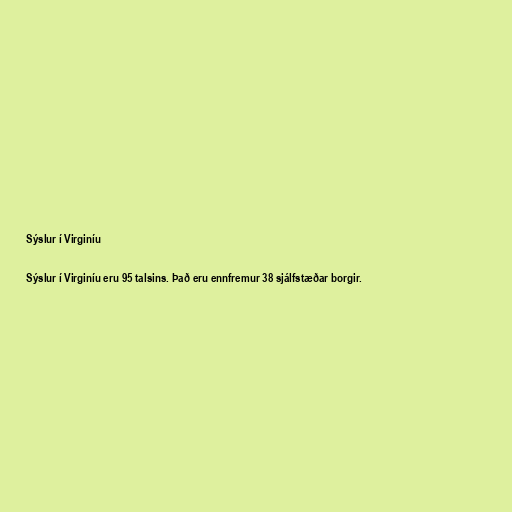
Sýslur í Virginíu

Sýslur í Virginíu eru 95 talsins. Það eru ennfremur 38 sjálfstæðar borgir.